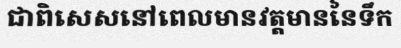
ជាពិសេសនៅពេលមានវត្តមាននៃទឹក